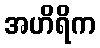
အဟိရိက